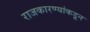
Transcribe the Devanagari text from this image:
राजकारण्यांकडून